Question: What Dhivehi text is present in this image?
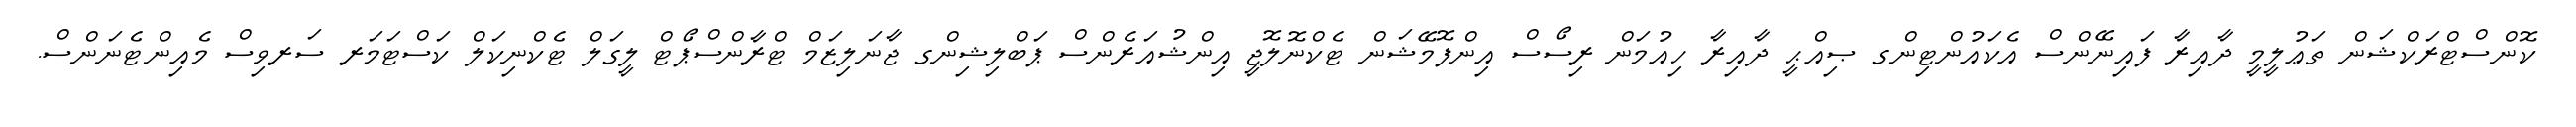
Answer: ކޮންސްޓްރަކްޝަން ތަޢުލީމީ ދާއިރާ ފައިނޭންސް އެކައުންޓިންގ ޞިއްޙީ ދާއިރާ ހިއުމަން ރިސޯސް އިންފޮމޭޝަން ޓެކްނޮލޮޖީ އިންޝުއަރެންސް ޕަބްލިޝިންގ ޖާނަލިޒަމް ޓްރާންސްޕޯޓް ލީގަލް ޓެކްނިކަލް ކަސްޓަމަރ ސަރވިސް މެއިންޓެނަންސް.